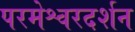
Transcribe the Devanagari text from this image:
परमेश्वरदर्शन